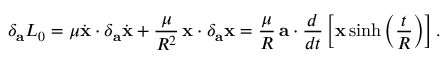
\delta _ { \bf a } { \cal L } _ { 0 } = \mu \dot { \bf x } \cdot \delta _ { \bf a } \dot { \bf x } + \frac { \mu } { R ^ { 2 } } \, { \bf x } \cdot \delta _ { \bf a } { \bf x } = \frac { \mu } { R } \, { \bf a } \cdot \frac { d } { d t } \left[ { \bf x } \sinh \left( \frac { t } { R } \right) \right] .